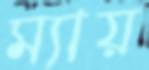
ম্যায়